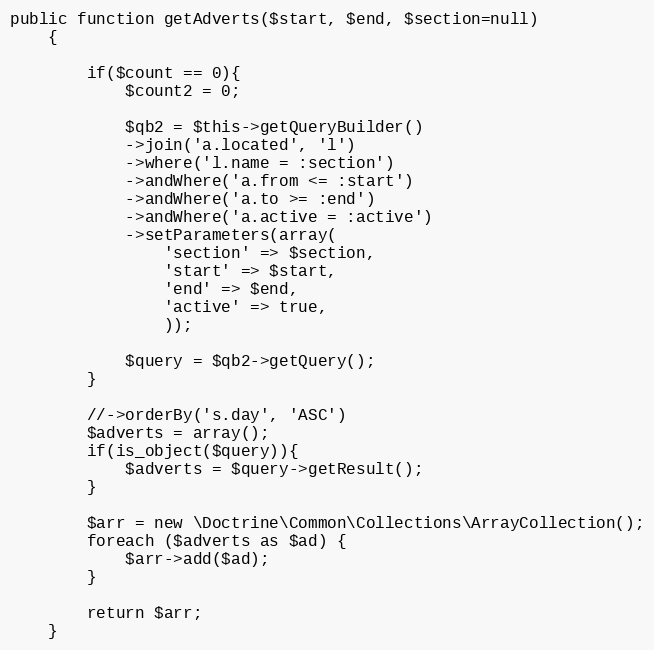
Language: PHP
public function getAdverts($start, $end, $section=null)
    {

        if($count == 0){
            $count2 = 0;

            $qb2 = $this->getQueryBuilder()
            ->join('a.located', 'l')
            ->where('l.name = :section')
            ->andWhere('a.from <= :start')
            ->andWhere('a.to >= :end')
            ->andWhere('a.active = :active')
            ->setParameters(array(
                'section' => $section,
                'start' => $start,
                'end' => $end,
                'active' => true,
                ));

            $query = $qb2->getQuery();
        }

        //->orderBy('s.day', 'ASC')
        $adverts = array();
        if(is_object($query)){
            $adverts = $query->getResult();
        }

        $arr = new \Doctrine\Common\Collections\ArrayCollection();
        foreach ($adverts as $ad) {
            $arr->add($ad);
        }

        return $arr;
    }